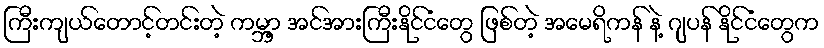
ကြီးကျယ်တောင့်တင်းတဲ့ ကမ္ဘာ့ အင်အားကြီးနိုင်ငံတွေ ဖြစ်တဲ့ အမေရိကန် နဲ့ ဂျပန် နိုင်ငံတွေက